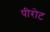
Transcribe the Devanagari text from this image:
पीरोट